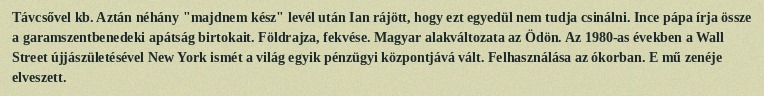
Távcsővel kb. Aztán néhány "majdnem kész" levél után Ian rájött, hogy ezt egyedül nem tudja csinálni. Ince pápa írja össze a garamszentbenedeki apátság birtokait. Földrajza, fekvése. Magyar alakváltozata az Ödön. Az 1980-as években a Wall Street újjászületésével New York ismét a világ egyik pénzügyi központjává vált. Felhasználása az ókorban. E mű zenéje elveszett.